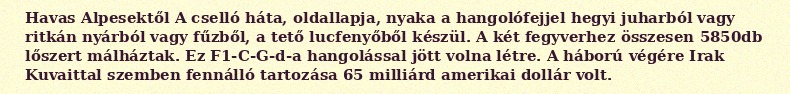
Havas Alpesektől A cselló háta, oldallapja, nyaka a hangolófejjel hegyi juharból vagy ritkán nyárból vagy fűzből, a tető lucfenyőből készül. A két fegyverhez összesen 5850db lőszert málháztak. Ez F1-C-G-d-a hangolással jött volna létre. A háború végére Irak Kuvaittal szemben fennálló tartozása 65 milliárd amerikai dollár volt.